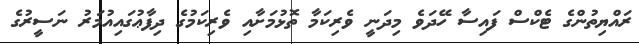
ރައްޔިތުންގެ ޓެކްސް ފައިސާ ހޭދަވެ މިދަނީ ވެރިކަމާ ތޮޅުމަށާއި ވެރިކަމުގެ ދިފާޢުގައިއުމަރު ނަސީރުގެ